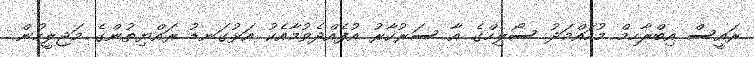
ރައީސް އިބްރާހިމް މުހައްމަދު ސޯލިހްގެ އާ ސަރުކާރު އުފެއްދެވުމާއެކު އަޅުގަނޑު ރައްޔިތުންގެ މަޖިލީހުން